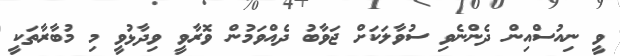
ވީ ނިއުސްއިން ދެންނެވި ސުވާލަކަށް ޖަވާބު ދެއްވަމުން ވޮރާވީ ވިދާޅުވީ މި މުބާރާތަކީ